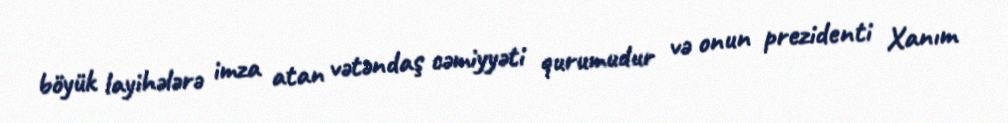
böyük layihələrə imza atan vətəndaş cəmiyyəti qurumudur və onun prezidenti Xanım